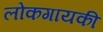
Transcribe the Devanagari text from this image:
लोकगायकी